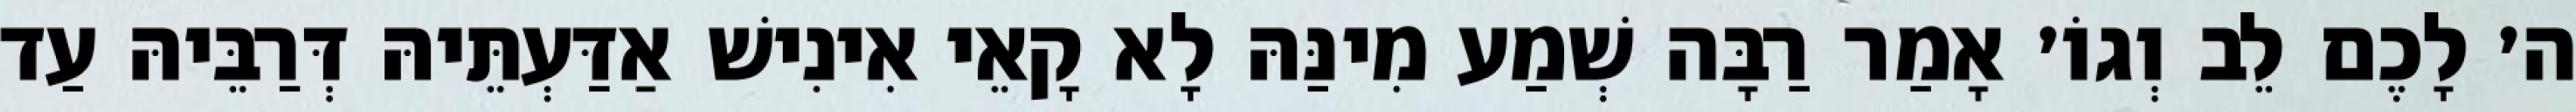
ה׳ לָכֶם לֵב וְגוֹ׳ אָמַר רַבָּה שְׁמַע מִינַּהּ לָא קָאֵי אִינִישׁ אַדַּעְתֵּיהּ דְּרַבֵּיהּ עַד